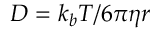
D = k _ { b } T / 6 \pi \eta r